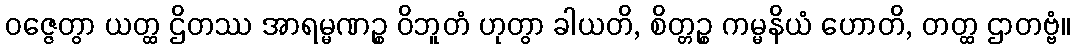
ဝဇ္ဇေတွာ ယတ္ထ ဌိတဿ အာရမ္မဏဉ္စ ဝိဘူတံ ဟုတွာ ခါယတိ, စိတ္တဉ္စ ကမ္မနိယံ ဟောတိ, တတ္ထ ဌာတဗ္ဗံ။